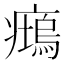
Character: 𱱧